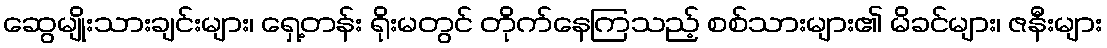
ဆွေမျိုးသားချင်းများ၊ ရှေ့တန်း ရိုးမတွင် တိုက်နေကြသည့် စစ်သားများ၏ မိခင်များ၊ ဇနီးများ